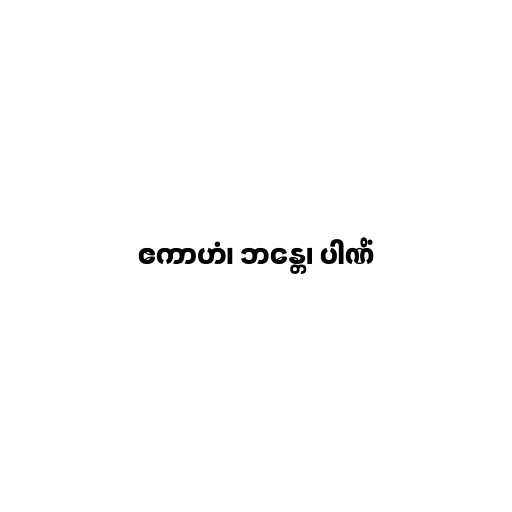
ဧကာဟံ၊ ဘန္တေ၊ ပါဏိံ